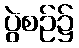
ပွဲစဉ်၌